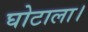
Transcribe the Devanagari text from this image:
घोटाला।